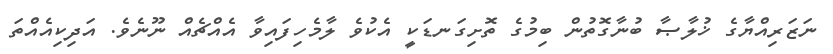
ނަޒަރިއްޔާގެ ޚުލާޞާ ބުނާގޮތުން ބިމުގެ ތޮށިގަނޑަކީ އެކުވެ ލާމެހިފައިވާ އެއްޗެއް ނޫނެވެ. އަދިކިއެއްތަ